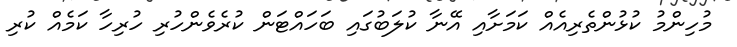
މުހިންމު ކުޅުންތެރިއެއް ކަމަށާއި އޭނާ ކުލަބުގައި ބަހައްޓަން ކުރެވެންހުރި ހުރިހާ ކަމެއް ކުރި